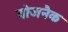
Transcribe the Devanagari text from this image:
वोजनैक